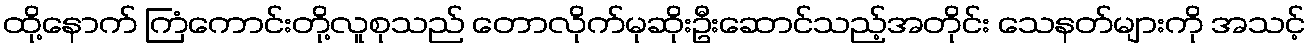
ထို့နောက် ကြံကောင်းတို့လူစုသည် တောလိုက်မုဆိုးဦးဆောင်သည့်အတိုင်း သေနတ်များကို အသင့်